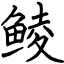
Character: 鲮